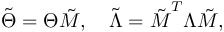
\boldsymbol { \tilde { \Theta } } = \boldsymbol { \Theta } \boldsymbol { \tilde { M } } , \quad \boldsymbol { \tilde { \Lambda } } = \boldsymbol { \tilde { M } } ^ { T } \boldsymbol { \Lambda } \boldsymbol { \tilde { M } } ,